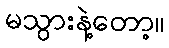
မသွားနဲ့တော့။